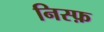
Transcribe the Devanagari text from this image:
निस्फ़